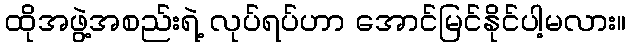
ထိုအဖွဲ့အစည်းရဲ့ လုပ်ရပ်ဟာ အောင်မြင်နိုင်ပါ့မလား။